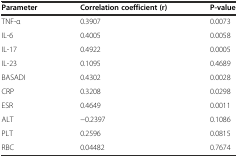
<table><thead><tr><td><b>Parameter</b></td><td><b>Correlation coefficient (r)</b></td><td><b>P-value</b></td></tr></thead><tbody><tr><td>TNF-α</td><td>0.3907</td><td>0.0073</td></tr><tr><td>IL-6</td><td>0.4005</td><td>0.0058</td></tr><tr><td>IL-17</td><td>0.4922</td><td>0.0005</td></tr><tr><td>IL-23</td><td>0.1095</td><td>0.4689</td></tr><tr><td>BASADI</td><td>0.4302</td><td>0.0028</td></tr><tr><td>CRP</td><td>0.3208</td><td>0.0298</td></tr><tr><td>ESR</td><td>0.4649</td><td>0.0011</td></tr><tr><td>ALT</td><td>−0.2397</td><td>0.1086</td></tr><tr><td>PLT</td><td>0.2596</td><td>0.0815</td></tr><tr><td>RBC</td><td>0.04482</td><td>0.7674</td></tr></tbody></table>